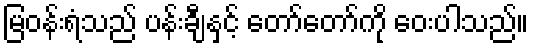
မြဝန်းရံသည် ပန်းချီနှင့် တော်တော်ကို ဝေးပါသည်။